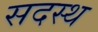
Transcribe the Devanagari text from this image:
सदस्थ